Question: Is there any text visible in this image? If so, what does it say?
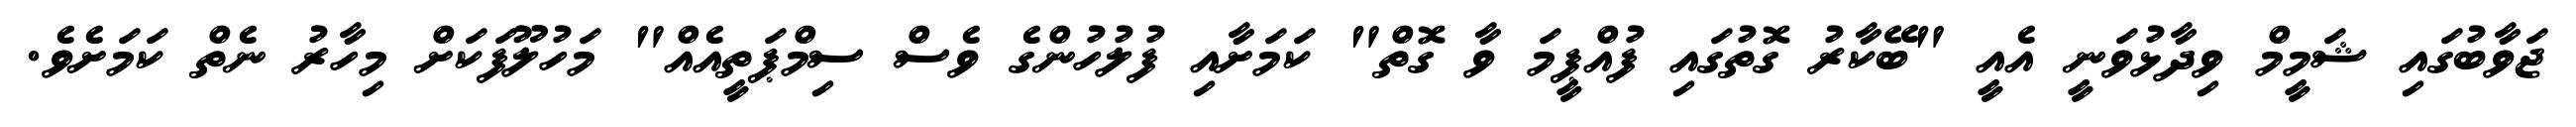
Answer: ޖަވާބުގައި ޝަމީމް ވިދާޅުވަނީ އެއީ "ބޭކާރު ގޮތުގައި ފުއްޕީމަ ވާ ގޮތް" ކަމަށާއި ފުލުހުންގެ ވެސް ސިމްޕަތީއެއް" މަހުލޫފަކަށް މިހާރު ނެތް ކަމަށެވެ.